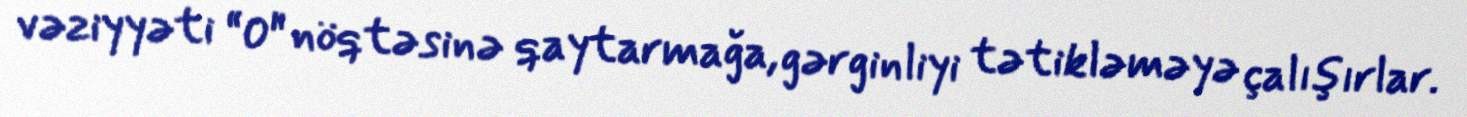
vəziyyəti “0" nöqtəsinə qaytarmağa, gərginliyi tətikləməyə çalışırlar.